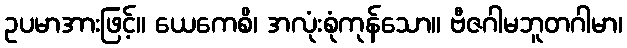
ဥပမာအားဖြင့်။ ယေကေစိ၊ အလုံးစုံကုန်သော။ ဗီဇဂါမဘူတဂါမာ၊